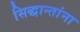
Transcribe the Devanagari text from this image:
सिद्धान्तांना